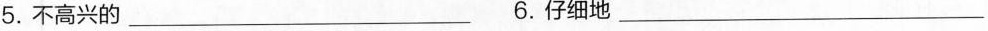
5.不高兴的_ 6.仔细地_